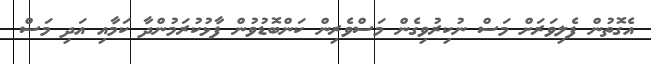
އެގޮތުން ފެލިވަރަށް މަސް ނުކިރުވިގެން މަސްވެރިން ކަންބޮޑުވުން ފާޅުކުރަމުންދާ ކަމާއި އަދި މަސް